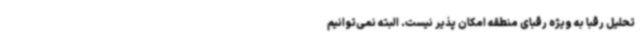
تحلیل رقبا به ویژه رقبای منطقه امکان پذیر نیست. البته نمی‌توانیم